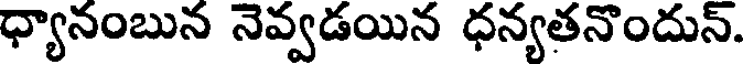
ధ్యానంబున నెవ్వడయిన ధన్యతనొందున్.